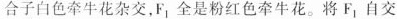
合子白色牵牛花杂交,F_{ 1}全是粉红色牵牛花。将F_{ 1}自交